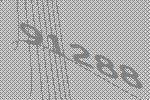
91288